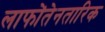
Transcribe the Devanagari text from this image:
लाफोंतेनतारिक